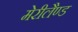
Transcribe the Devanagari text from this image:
मेरीलैण्ड